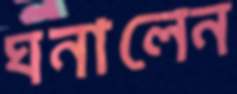
ঘনালেন